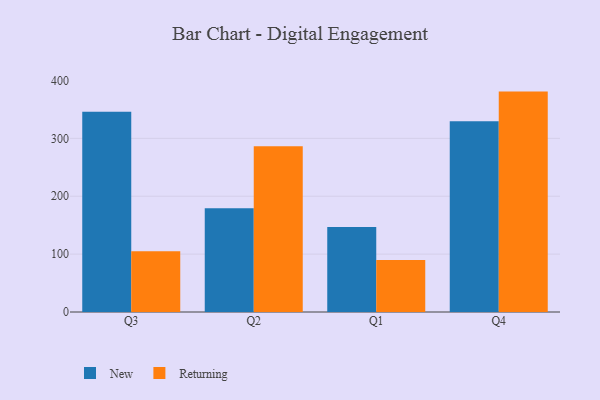
{"axis": {"x": "Quarter", "y": "Inventory Turnover"}, "legend": ["New", "Returning"], "data": [{"x": "Q3", "y": 346.2, "type": "New"}, {"x": "Q3", "y": 104.8, "type": "Returning"}, {"x": "Q2", "y": 179.1, "type": "New"}, {"x": "Q2", "y": 286.2, "type": "Returning"}, {"x": "Q1", "y": 146.9, "type": "New"}, {"x": "Q1", "y": 89.9, "type": "Returning"}, {"x": "Q4", "y": 329.7, "type": "New"}, {"x": "Q4", "y": 380.8, "type": "Returning"}]}